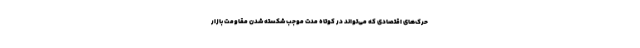
حرک‌های اقتصادی که می‌تواند در کوتاه مدت موجب شکسته شدن مقاومت بازار